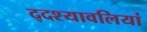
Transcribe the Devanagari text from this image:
द्दश्यावलियां